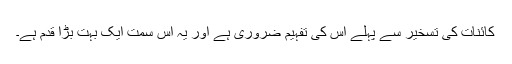
کائنات کی تسخیر سے پہلے اس کی تفہیم ضروری ہے اور یہ اس سمت ایک بہت بڑا قدم ہے۔